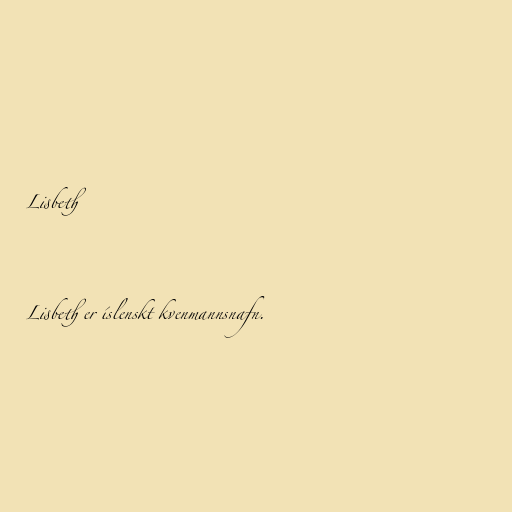
Lisbeth

Lisbeth er íslenskt kvenmannsnafn.